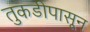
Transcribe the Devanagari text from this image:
तुकडीपासून